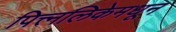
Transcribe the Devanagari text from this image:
पित्त्नलिकेमधून